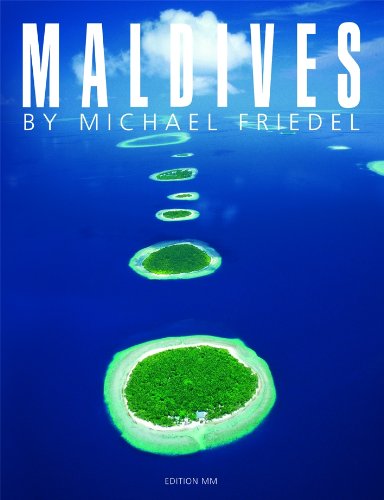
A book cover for Maldives: The Very Best of Michael Friedel; Michael Friedel; Travel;